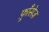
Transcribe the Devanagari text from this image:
फ़्राँसेज़